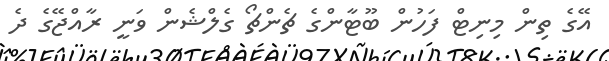
އޭގެ ތިން މިނިޓް ފަހުން ބޫޓާންގެ ޗެންޗޯ ގެލްޝެން ވަނީ ރާއްޖޭގެ ދެ